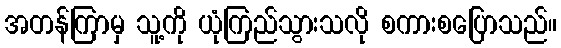
အတန်ကြာမှ သူ့ကို ယုံကြည်သွားသလို စကားစပြောသည်။